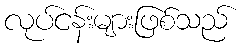
လုပ်ငန်းများဖြစ်သည်